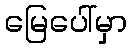
မြေပေါ်မှာ